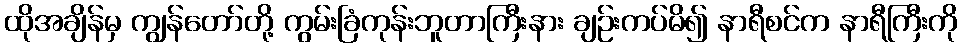
ထိုအချိန်မှ ကျွန်တော်တို့ ကွမ်းခြံကုန်းဘူတာကြီးနား ချဉ်းကပ်မိ၍ နာရီစင်က နာရီကြီးကို